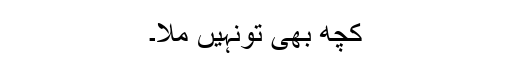
کچھ بھی تونہیں ملا۔